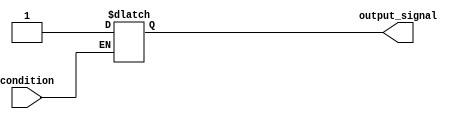
module WaitCondition (
    input wire condition,       // Input condition to monitor
    output reg output_signal    // Output signal reflecting post-condition state
);

    // Initial default state for output_signal
    initial begin
        output_signal = 0;     // Set default output signal to 0
    end

    // Always block to monitor the condition
    always @(*) begin
        // Wait until the condition is true
        if (condition) begin
            // Condition met, perform desired operations
            output_signal = 1; // Example operation: set output_signal to 1
            // Additional logic can be added here as needed
        end else begin
            // Condition not met, maintain the previous state
            output_signal = output_signal; // Hold the previous state
        end
    end

endmodule